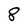
Character: 8